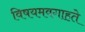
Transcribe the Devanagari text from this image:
विषयमवगाहते